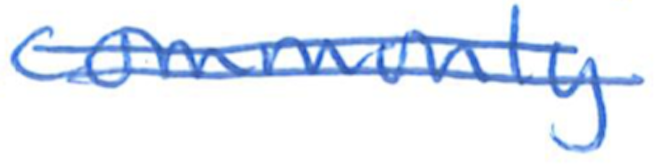
Text: commonly
Cross-out: double-line
Writing tool: ballpoint